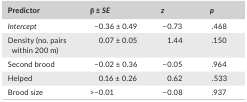
<table><thead><tr><td><b>Predictor</b></td><td><b>β ± <i>SE</i></b></td><td><b><i>z</i></b></td><td><b><i>p</i></b></td></tr></thead><tbody><tr><td><i>Intercept</i></td><td>−0.36 ± 0.49</td><td>−0.73</td><td>.468</td></tr><tr><td>Density (no. pairs within 200 m)</td><td>0.07 ± 0.05</td><td>1.44</td><td>.150</td></tr><tr><td>Second brood</td><td>−0.02 ± 0.36</td><td>−0.05</td><td>.964</td></tr><tr><td>Helped</td><td>0.16 ± 0.26</td><td>0.62</td><td>.533</td></tr><tr><td>Brood size</td><td>&gt;−0.01</td><td>−0.08</td><td>.937</td></tr></tbody></table>